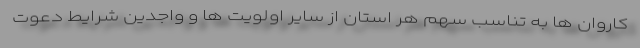
کاروان ها به تناسب سهم هر استان از سایر اولویت ها و واجدین شرایط دعوت